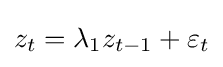
z_{t}=\lambda _{1}z_{t-1}+\varepsilon _{t}